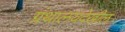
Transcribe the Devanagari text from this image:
ग्रंथालयदेखील